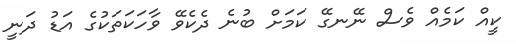
ކީއް ކަމެއް ވެސް ނޭނގޭ ކަމަށް ބުނެ ދެކެވޭ ވާހަކަތަކުގެ އަޑު ދަނީ